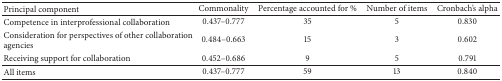
| Principal component | Commonality | Percentage accounted for % | Number of items | Cronbach's alpha |
 | --- | --- | --- | --- | --- |
 | Competence in interprofessional collaboration | 0.437–0.777 | 35 | 5 | 0.830 |
 | Consideration for perspectives of other collaboration agencies | 0.484–0.663 | 15 | 3 | 0.602 |
 | Receiving support for collaboration | 0.452–0.686 | 9 | 5 | 0.791 |
 | All items | 0.437–0.777 | 59 | 13 | 0.840 |